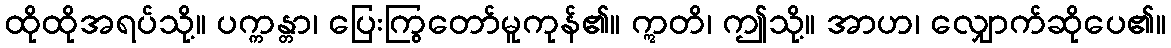
ထိုထိုအရပ်သို့။ ပက္ကန္တာ၊ ပြေးကြွတော်မူကုန်၏။ ဣတိ၊ ဤသို့။ အာဟ၊ လျှောက်ဆိုပေ၏။